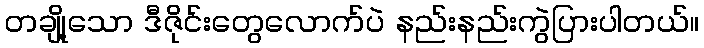
တချို့သော ဒီဇိုင်းတွေလောက်ပဲ နည်းနည်းကွဲပြားပါတယ်။